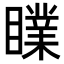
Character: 𥋙